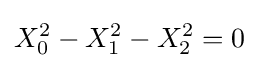
X_{0}^{2}-X_{1}^{2}-X_{2}^{2}=0